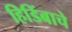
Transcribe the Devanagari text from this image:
हिडिंबाचे